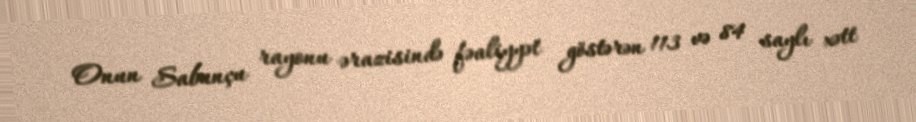
Onun Sabunçu rayonu ərazisində fəaliyyət göstərən 113 və 84 saylı xətt